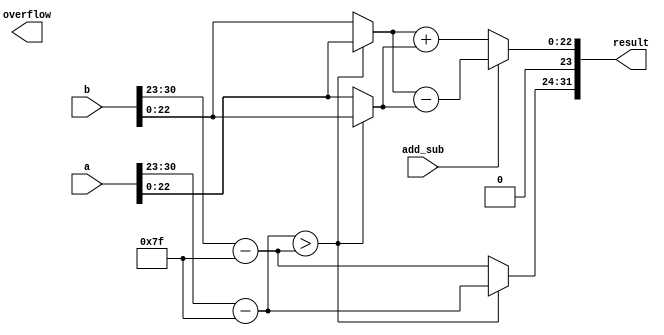
module IEEE754_FPU (
    input wire [31:0] a,  // 32-bit input operand A
    input wire [31:0] b,  // 32-bit input operand B
    input wire add_sub,   // 1-bit control: 0 for addition, 1 for subtraction
    output wire [31:0] result,  // 32-bit result
    output wire overflow    // 1-bit overflow flag
);

// IEEE 754 representation parameters
parameter EXPONENT_BITS = 8;
parameter FRACTION_BITS = 23;

// Extract exponent and fraction
wire [EXPONENT_BITS-1:0] exp_a = a[30:23];
wire [FRACTION_BITS-1:0] frac_a = a[22:0];
wire [EXPONENT_BITS-1:0] exp_b = b[30:23];
wire [FRACTION_BITS-1:0] frac_b = b[22:0];

// Bias for IEEE 754 exponent
parameter BIAS = 127;

// Calculate the biased exponent
wire [EXPONENT_BITS-1:0] exp_a_biased = exp_a - BIAS;
wire [EXPONENT_BITS-1:0] exp_b_biased = exp_b - BIAS;

// Calculate the fraction for the larger exponent
wire [FRACTION_BITS:0] larger_frac;
wire [FRACTION_BITS:0] smaller_frac;

assign larger_frac = (exp_a_biased > exp_b_biased) ? {1'b1, frac_a} : {1'b1, frac_b};
assign smaller_frac = (exp_a_biased > exp_b_biased) ? {1'b0, frac_b} : {1'b0, frac_a};

// Calculate the new exponent
wire [EXPONENT_BITS:0] new_exp;
assign new_exp = (exp_a_biased > exp_b_biased) ? exp_a_biased : exp_b_biased;

// Perform addition or subtraction of fractions
wire [FRACTION_BITS:0] result_frac;

always @* begin
    if (add_sub == 0)  // Addition
        result_frac = larger_frac + smaller_frac;
    else  // Subtraction
        result_frac = larger_frac - smaller_frac;
end

// Handle overflow
assign overflow = (result_frac[FRACTION_BITS+1] == 1);

// Normalize the result fraction
wire [FRACTION_BITS:0] normalized_frac;
assign normalized_frac = result_frac[FRACTION_BITS-1:0];

// Check for carry out during normalization
wire carry_out;
assign carry_out = result_frac[FRACTION_BITS+1];

// Adjust the exponent based on normalization
wire [EXPONENT_BITS:0] final_exp;
assign final_exp = carry_out ? new_exp + 1 : new_exp;

// Combine the sign, exponent, and fraction to get the result
assign result = {a[31], final_exp, normalized_frac};

endmodule